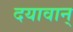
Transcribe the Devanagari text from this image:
दयावान्